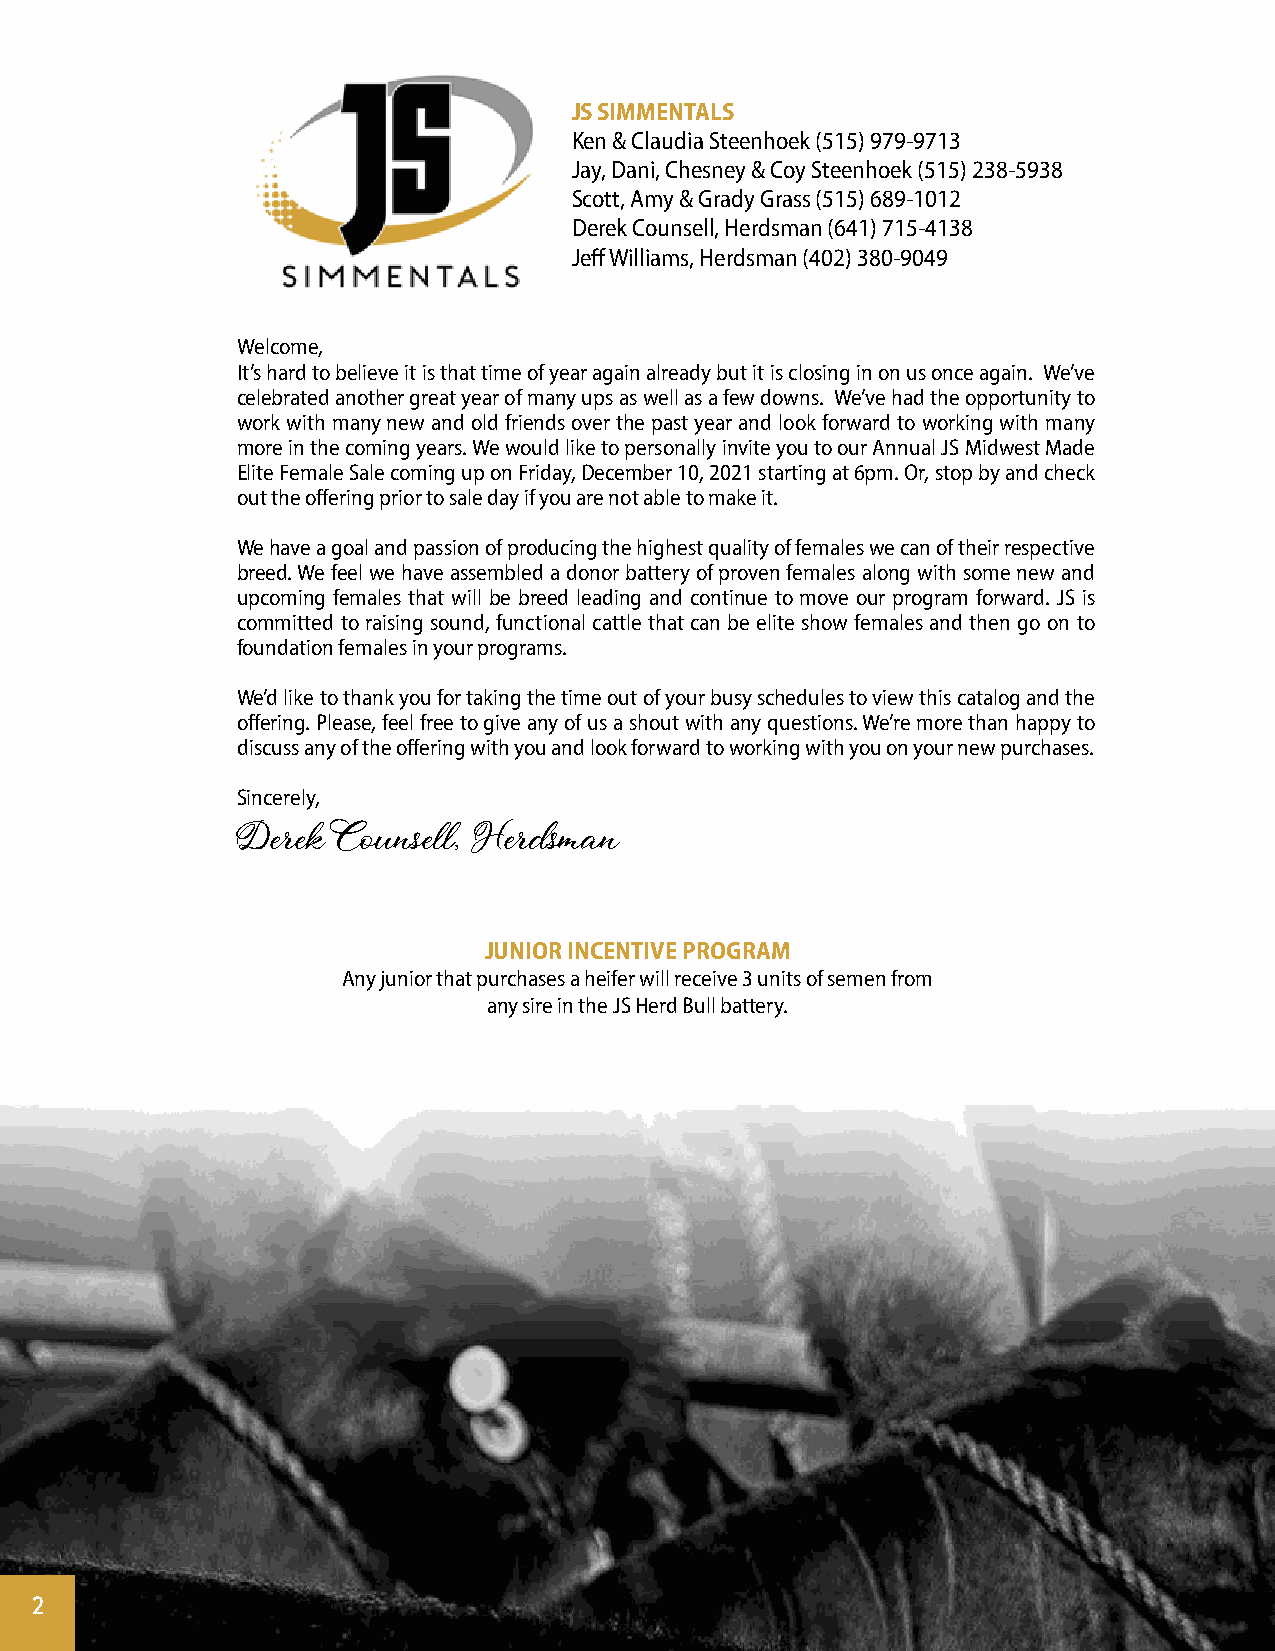
JS SIMMENTALS
 Ken & Claudia Steenhoek (515) 979-9713
 Jay, Dani, Chesney & Coy Steenhoek (515) 238-5938
 Scott, Amy & Grady Grass (515) 689-1012
 Derek Counsell, Herdsman (641) 715-4138
 Jeff Williams, Herdsman (402) 380-9049
 Welcome,
 It’s hard to believe it is that time of year again already but it is closing in on us once again. We’ve
 celebrated another great year of many ups as well as a few downs. We’ve had the opportunity to
 work with many new and old friends over the past year and look forward to working with many
 more in the coming years. We would like to personally invite you to our Annual JS Midwest Made
 Elite Female Sale coming up on Friday, December 10, 2021 starting at 6pm. Or, stop by and check
 out the offering prior to sale day if you are not able to make it.
 We have a goal and passion of producing the highest quality of females we can of their respective
 breed. We feel we have assembled a donor battery of proven females along with some new and
 upcoming females that will be breed leading and continue to move our program forward. JS is
 committed to raising sound, functional cattle that can be elite show females and then go on to
 foundation females in your programs.
 We’d like to thank you for taking the time out of your busy schedules to view this catalog and the
 offering. Please, feel free to give any of us a shout with any questions. We’re more than happy to
 discuss any of the offering with you and look forward to working with you on your new purchases.
 Sincerely,
 Derek Counsell, Herdsman
 JUNIOR INCENTIVE PROGRAM
 Any junior that purchases a heifer will receive 3 units of semen from
 any sire in the JS Herd Bull battery.
 2
 2